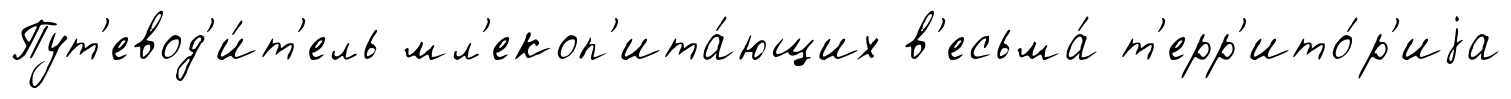
Пут'евод'и́т'ель мл'екоп'ита́ющих в'есьма́ т'ерр'ито́р'иjа